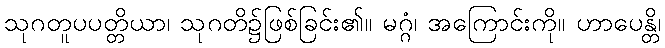
သုဂတူပပတ္တိယာ၊ သုဂတိ၌ဖြစ်ခြင်း၏။ မဂ္ဂံ၊ အကြောင်းကို။ ဟာပေန္တိ၊